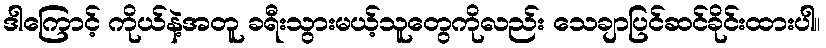
ဒါကြောင့် ကိုယ်နဲ့အတူ ခရီးသွားမယ့်သူတွေကိုလည်း သေချာပြင်ဆင်ခိုင်းထားပါ။